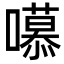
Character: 𭋼